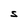
Character: S